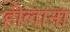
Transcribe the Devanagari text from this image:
हीलाना